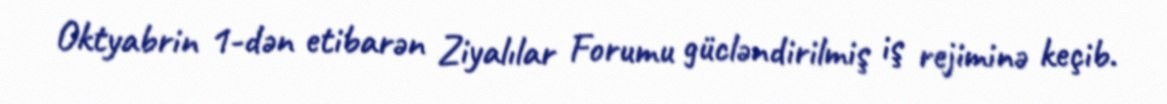
Oktyabrin 1-dən etibarən Ziyalılar Forumu gücləndirilmiş iş rejiminə keçib.